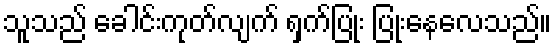
သူသည် ခေါင်းကုတ်လျက် ရှက်ပြုံး ပြုံးနေလေသည်။